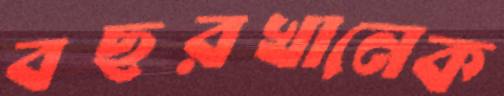
বছরখানেক